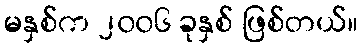
မနှစ်က ၂၀၀၆ ခုနှစ် ဖြစ်တယ်။